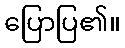
ပြောပြ၏။